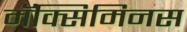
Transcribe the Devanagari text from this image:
मॅक्सिमिनस